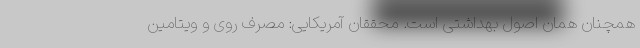
همچنان همان اصول بهداشتی است. محققان آمریکایی: مصرف روی و ویتامین